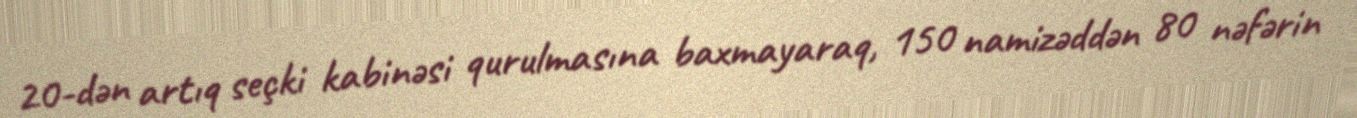
20-dən artıq seçki kabinəsi qurulmasına baxmayaraq, 150 namizəddən 80 nəfərin